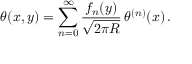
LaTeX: \theta ( x , y ) = \sum _ { n = 0 } ^ { \infty } \frac { f _ { n } ( y ) } { \sqrt { 2 \pi R } } \, \theta ^ { ( n ) } ( x ) \, .